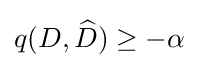
q(D,{\widehat {D}})\geq -\alpha \,\!